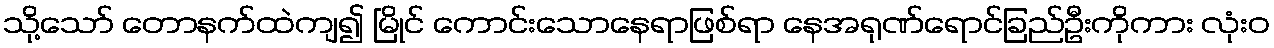
သို့သော် တောနက်ထဲကျ၍ မြိုင် ကောင်းသောနေရာဖြစ်ရာ နေအရုဏ်ရောင်ခြည်ဦးကိုကား လုံးဝ